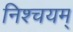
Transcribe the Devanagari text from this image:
निश्चयम्